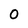
Character: 0